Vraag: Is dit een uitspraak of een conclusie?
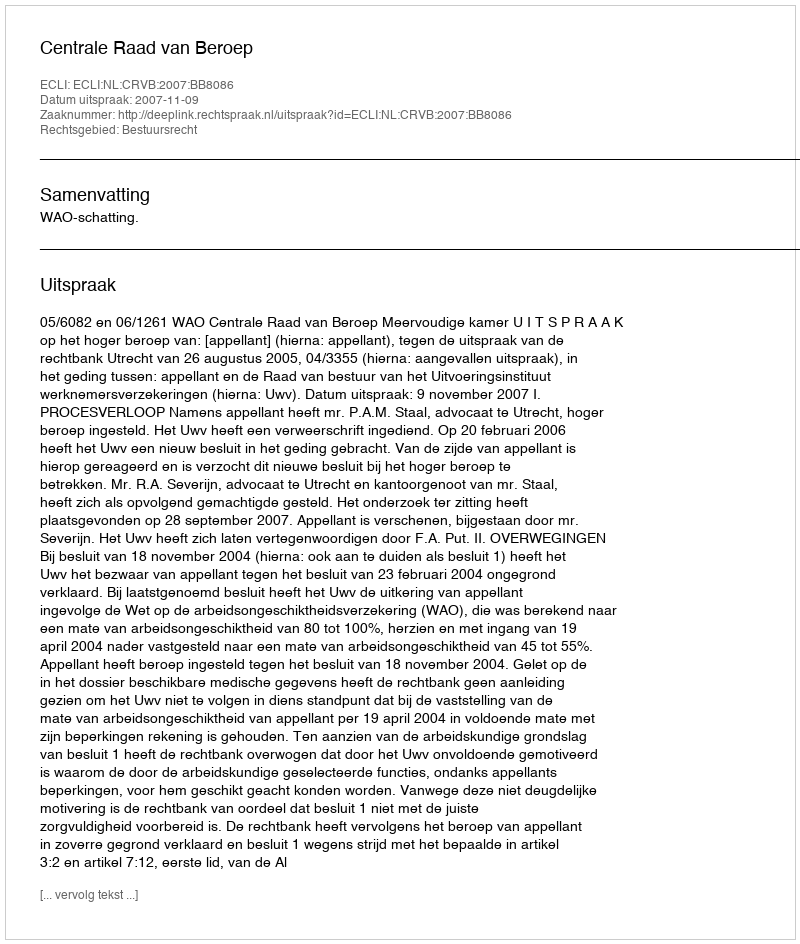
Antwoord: Uitspraak